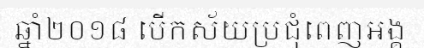
ឆ្នាំ២០១៨ បើកស័យប្រជុំពេញអង្គ